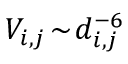
V _ { i , j } \! \sim \! d _ { i , j } ^ { - 6 }